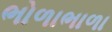
ભોળાભાળા